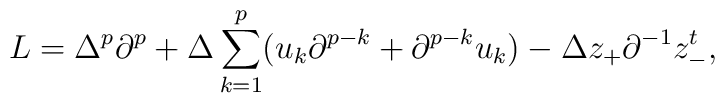
L=\Delta^p\partial^p+\Delta\sum_{k=1}^p(u_k\partial^{p-k}+\partial^{p-k}u_k)-\Delta z_+\partial^{-1}z_-^t,